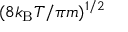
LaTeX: ( 8 k _ { \mathrm { B } } T / \pi m ) ^ { 1 / 2 }